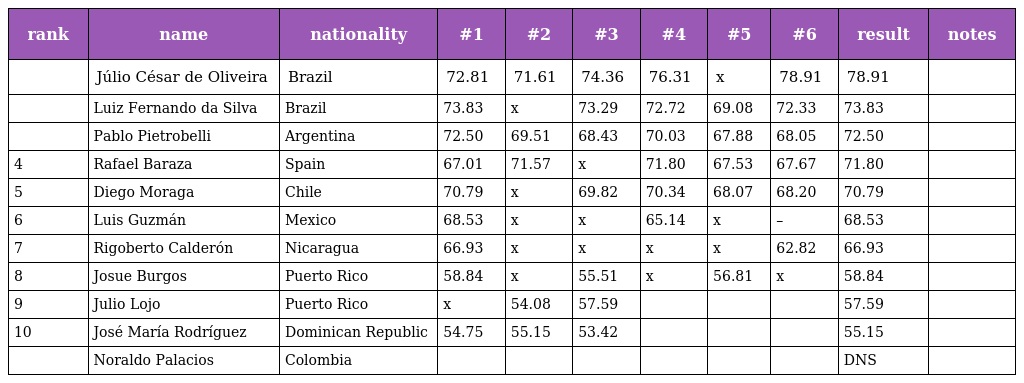
| rank | name | nationality | #1 | #2 | #3 | #4 | #5 | #6 | result | notes |
 | --- | --- | --- | --- | --- | --- | --- | --- | --- | --- | --- |
 |  | Júlio César de Oliveira | Brazil | 72.81 | 71.61 | 74.36 | 76.31 | x | 78.91 | 78.91 |  |
 |  | Luiz Fernando da Silva | Brazil | 73.83 | x | 73.29 | 72.72 | 69.08 | 72.33 | 73.83 |  |
 |  | Pablo Pietrobelli | Argentina | 72.50 | 69.51 | 68.43 | 70.03 | 67.88 | 68.05 | 72.50 |  |
 | 4 | Rafael Baraza | Spain | 67.01 | 71.57 | x | 71.80 | 67.53 | 67.67 | 71.80 |  |
 | 5 | Diego Moraga | Chile | 70.79 | x | 69.82 | 70.34 | 68.07 | 68.20 | 70.79 |  |
 | 6 | Luis Guzmán | Mexico | 68.53 | x | x | 65.14 | x | – | 68.53 |  |
 | 7 | Rigoberto Calderón | Nicaragua | 66.93 | x | x | x | x | 62.82 | 66.93 |  |
 | 8 | Josue Burgos | Puerto Rico | 58.84 | x | 55.51 | x | 56.81 | x | 58.84 |  |
 | 9 | Julio Lojo | Puerto Rico | x | 54.08 | 57.59 |  |  |  | 57.59 |  |
 | 10 | José María Rodríguez | Dominican Republic | 54.75 | 55.15 | 53.42 |  |  |  | 55.15 |  |
 |  | Noraldo Palacios | Colombia |  |  |  |  |  |  | DNS |  |